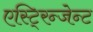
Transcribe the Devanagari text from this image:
एस्टि्रन्जेन्ट